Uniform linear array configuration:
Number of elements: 16
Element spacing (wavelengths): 0.75
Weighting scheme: exponential
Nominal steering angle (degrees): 0
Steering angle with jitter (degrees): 1.063
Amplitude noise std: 0.05
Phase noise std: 0.05

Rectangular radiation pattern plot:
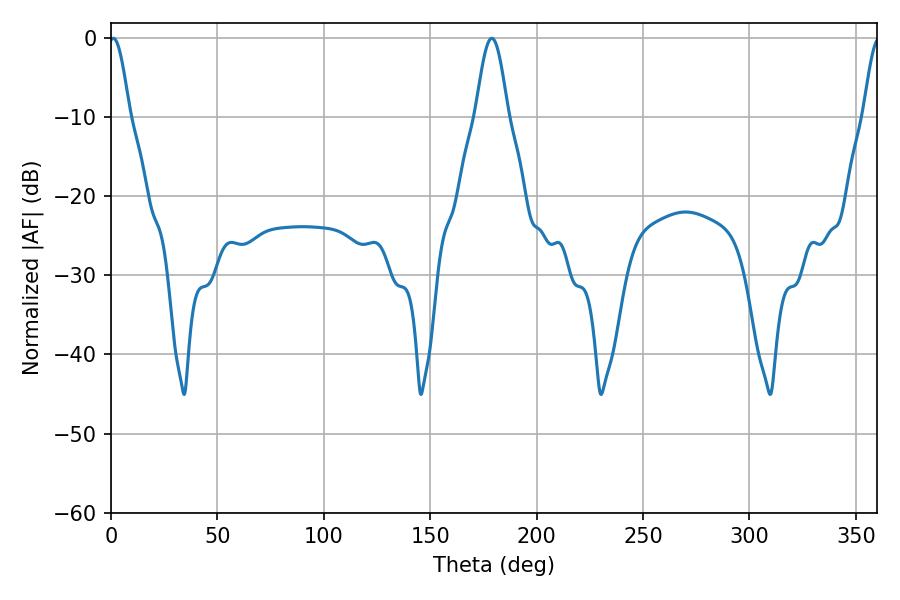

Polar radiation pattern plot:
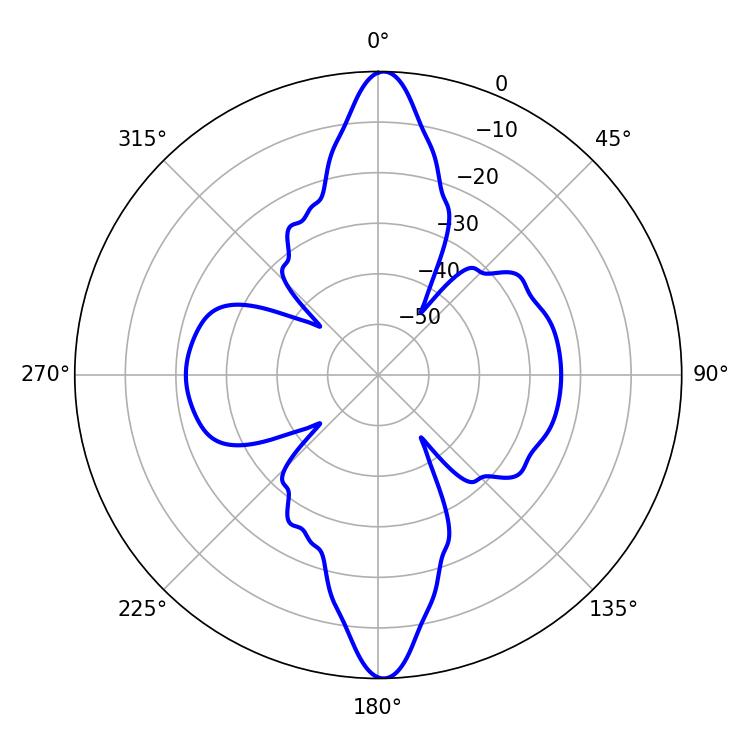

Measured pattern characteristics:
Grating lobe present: TRUE
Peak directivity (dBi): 25.148
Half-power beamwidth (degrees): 5.04
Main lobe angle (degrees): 1.08